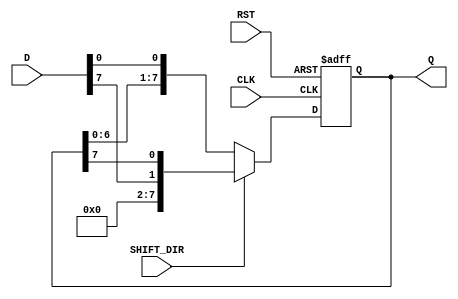
module ShiftRegister #(
    parameter N = 8  // Width of the shift register (number of bits)
)(
    input wire [N-1:0] D,       // Data input
    input wire CLK,              // Clock input
    input wire RST,              // Reset input
    input wire SHIFT_DIR,        // Shift direction: 0 for left, 1 for right
    output reg [N-1:0] Q         // Data output
);

    // Asynchronous reset
    always @(posedge CLK or posedge RST) begin
        if (RST) begin
            Q <= {N{1'b0}};        // Reset all bits to 0
        end else begin
            if (SHIFT_DIR) begin   // Right shift
                Q <= {D[N-1], Q[N-1:N-1]}; // Shift right and load D into MSB
            end else begin         // Left shift
                Q <= {Q[N-2:0], D[0]}; // Shift left and load D into LSB
            end
        end
    end

endmodule